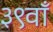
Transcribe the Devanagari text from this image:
३९वाँ